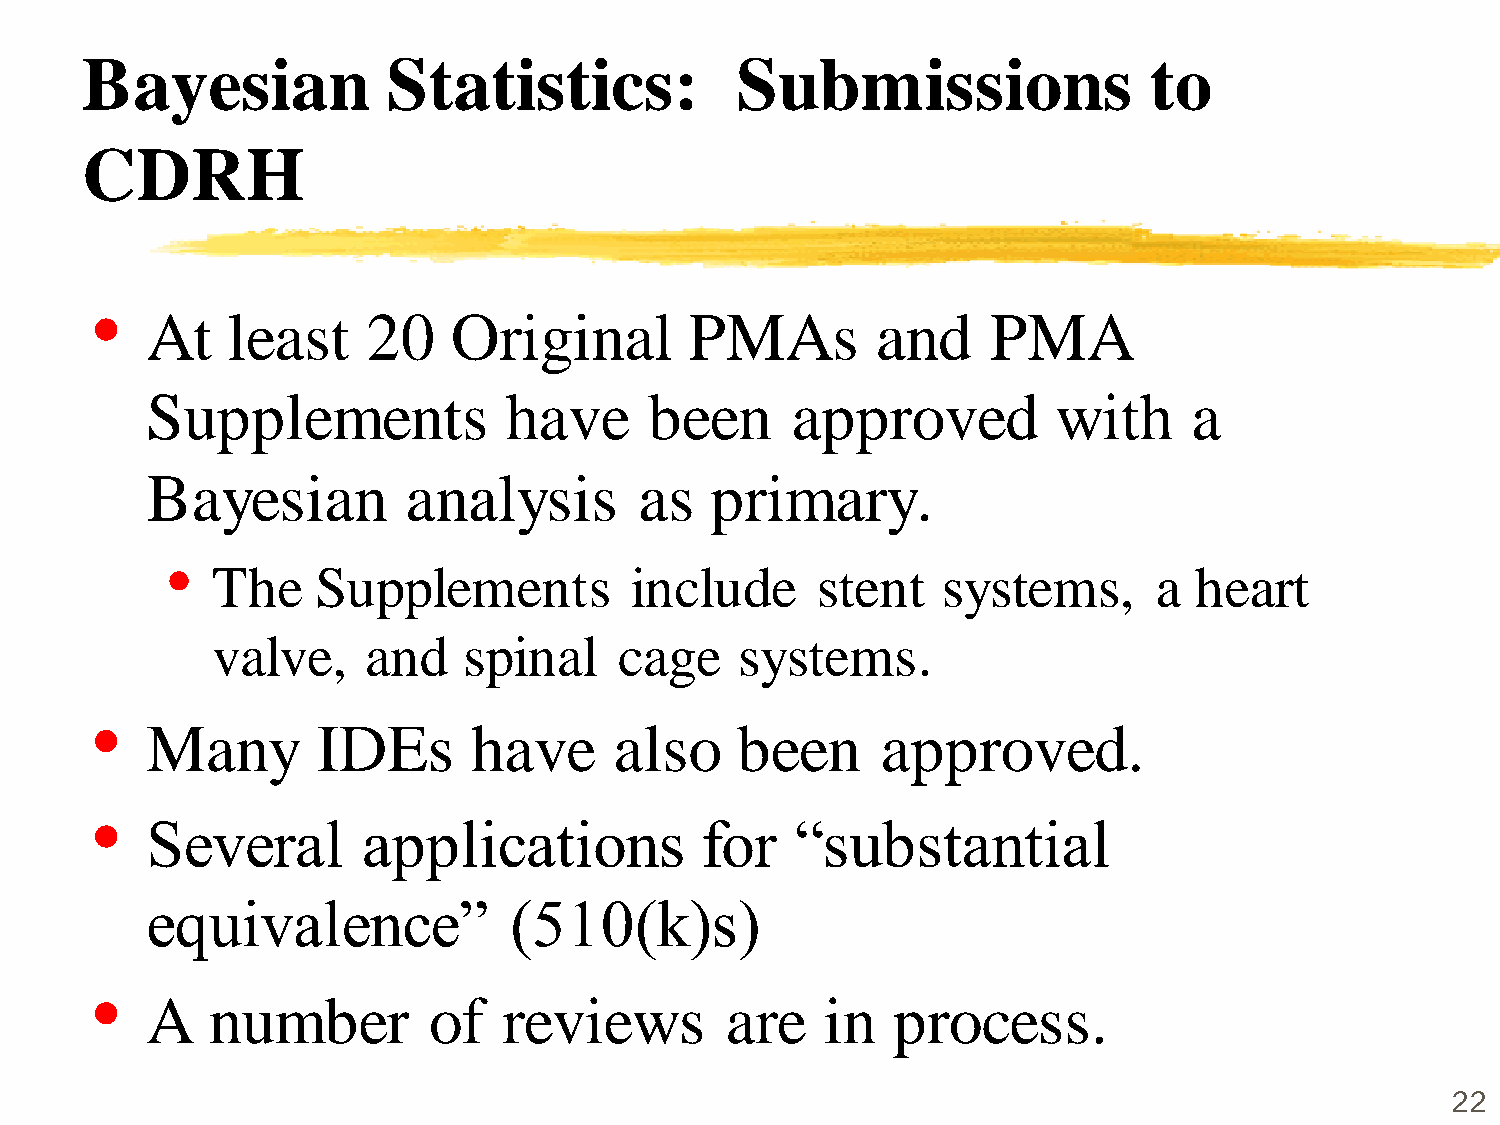
Bayesian             Statistics:            Submissions                to
 CDRH
 •
 At   least    20    Original        PMAs        and     PMA
 Supplements            have      been     approved          with     a
 Bayesian         analysis       as   primary.
 •
 The    Supplements          include     stent   systems,       a heart
 valve,    and    spinal    cage    systems.
 •
 Many       IDEs      have      also    been     approved.
 •
 Several       applications          for    “substantial
 equivalence”            (510(k)s)
 •
 A   number        of   reviews        are    in  process.
 22